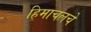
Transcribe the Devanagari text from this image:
हिमाचलचे